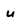
Character: W